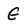
Character: g